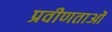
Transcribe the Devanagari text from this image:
प्रवीणताओं